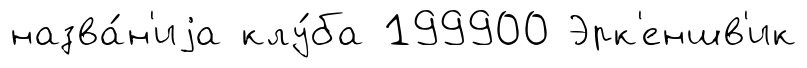
назва́н'иjа клу́ба 199900 Эрк'еншв'ик